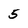
Character: 5